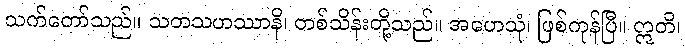
သက်တော်သည်။ သတသဟဿာနိ၊ တစ်သိန်းတို့သည်။ အဟေသုံ၊ ဖြစ်ကုန်ပြီ။ ဣတိ၊